Lunatic asylums in Bengal annual reports 1912-1924 - 1912-1924
Year: 1912
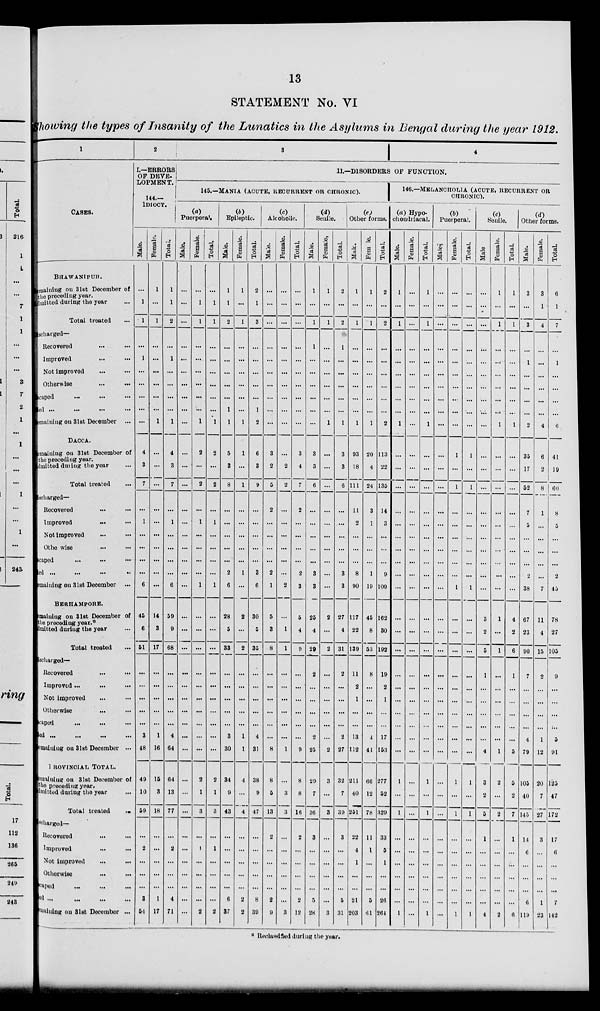
13
STATEMENT No. VI
Showing the types of Insanity of the Lunatics in the Asylums in Bengal during the year 1912.
1
CASES.
BHAWANIPUR.
Remaining on 31st December of
the preceding year.
Admitted during the year ...
Total treated ...
Discharged—
Recovered ... ...
Improved ... ...
Not improved ... ...
Otherwise ... ...
Escaped ... ... ... ...
Died ... ... ... ...
Remaining on 31st December ...
DACCA.
Remaining on 31st December of
the preceding year.
Admitted during the year ...
Total treated ...
Discharged—
Recovered ... ...
Improved ... ...
Not improved ... ...
Otherwise ... ...
Escaped
...
...
...
Di ed
...
...
...
...
Remaining on 31st December ...
BERHAMPORE.
Remaining on 31st December of
the preceding year.*
Admitted during the year ...
Total treated ...
Discharged—
Recovered ... ...
Improved ... ... ...
Not improved ... ...
Otherwise ... ...
Escaped ... ... ...
Died ... ... ... ...
Remaining on 31st December ...
PROVINCIAL TOTAL.
Remaining on 31st December of
the preceding year.
Admitted during the year ...
Total treated
...
Discharged—
Recovered ... ...
Improved ... ...
Not improved ... ...
Otherwise
...
...
Escaped ... ... ...
Di ed
...
...
...
...
Remaining on 31st December ...
2
I.—ERRORS
OF DEVE-
LOPMENT.
144.—
IDIOCY.
Male.
...
1
1
...
1
...
...
...
...
...
4
3
7
...
1
...
...
...
...
6
45
6
51
...
...
...
...
...
3
48
49
10
59
...
2
...
...
...
3
51
Female.
1
...
1
...
...
...
...
...
...
1
...
...
...
...
...
...
...
...
...
...
14
3
17
...
...
...
...
...
1
16
15
3
18
...
...
...
...
...
1
17
Total.
1
1
2
...
1
...
...
...
...
1
4
3
7
...
1
...
...
...
...
6
59
9
68
...
...
...
...
...
4
64
64
13
77
...
2
...
...
...
4
71
3
4
II.—DISORDERS OF FUNCTION.
145.—MANIA (ACUTE, RECURRENT OR CHRONIC).
(a)
Puerperal.
Mal e.
...
...
...
...
...
...
...
...
...
...
...
...
...
...
...
...
...
...
...
...
...
...
...
...
...
...
...
...
...
...
...
...
...
...
...
...
...
...
...
...
Female.
...
1
1
...
...
...
...
...
...
1
2
...
2
...
1
...
...
...
...
1
...
...
...
...
...
...
...
...
...
...
2
1
3
...
1
...
...
...
...
2
Total.
...
1
1
...
...
...
...
...
...
1
2
...
2
...
1
...
...
...
...
1
...
...
...
...
...
...
...
...
...
...
2
1
3
...
1
...
...
...
...
2
(b)
Epileptic.
Male.
1
1
2
...
...
...
...
...
1
1
5
3
8
...
...
...
...
...
2
6
28
5
33
...
...
...
...
...
3
30
34
9
43
...
...
...
...
...
6
37
Female.
1
...
1
...
...
...
...
...
...
1
1
...
1
...
...
...
...
...
1
...
2
...
2
...
...
...
...
...
1
1
4
...
4
...
...
...
...
...
2
2
Total.
2
1
3
...
...
...
...
...
1
2
6
3
9
...
...
...
...
...
3
6
30
5
35
...
...
...
...
...
4
31
38
9
47
...
...
...
...
...
8
39
(c)
Alcoholic.
Male.
...
...
...
...
...
...
...
...
...
...
3
2
5
2
...
...
...
...
2
1
5
3
8
...
...
...
...
...
...
8
8
5
13
2
...
...
...
...
2
9
Female.
...
...
...
...
...
...
...
...
...
...
...
2
2
...
...
...
...
...
...
2
...
1
1
...
...
...
...
...
...
1
...
3
3
...
...
...
...
...
...
3
Total.
...
...
...
...
...
...
...
...
...
...
3
4
7
2
...
...
...
...
2
3
5
4
9
...
...
...
...
...
...
9
8
8
16
2
...
...
...
...
2
12
(d)
Senile.
Male.
1
...
1
1
...
...
...
...
...
...
3
3
6
...
...
...
...
...
3
3
25
4
20
2
...
...
...
...
2
25
29
7
36
3
...
...
...
...
5
28
Female.
1
...
1
...
...
...
...
...
...
1
...
...
...
...
...
...
...
...
...
...
2
...
2
...
...
...
...
...
...
2
3
...
3
...
...
...
...
...
...
3
Total.
2
...
2
1
...
...
...
...
...
1
3
3
6
...
...
...
...
...
3
3
27
4
31
2
...
...
...
...
2
27
32
7
39
3
...
...
...
...
5
31
(e)
Other forms.
Male.
1
...
1
...
...
...
...
...
...
1
93
18
111
11
2
...
...
...
8
90
117
22
139
11
2
1
...
...
13
112
211
40
251
22
4
1
...
...
21
203
Female.
1
...
1
...
...
...
...
...
...
1
20
4
24
3
1
...
...
...
1
19
45
8
53
8
...
...
...
...
4
41
66
12
78
11
1
...
...
...
5
61
Total.
2
...
2
...
...
...
...
...
...
2
113
22
135
14
3
...
...
...
9
109
162
30
192
19
2
1
...
...
17
153
277
52
329
33
5
1
...
...
26
264
146.—MELANCHOLIA (ACUTE, RECURRENT OR
CHRONIC).
(a) Hypo-
chondriacal.
Male.
1
...
1
...
...
...
...
...
...
1
...
...
...
...
...
...
...
...
...
...
...
...
...
...
...
...
...
...
...
...
1
...
1
...
...
...
...
...
...
1
Female.
...
...
...
...
...
...
...
...
...
...
...
...
...
...
...
...
...
...
...
...
...
...
...
...
...
...
...
...
...
...
...
...
...
...
...
...
...
...
...
...
Total.
1
...
1
...
...
...
...
...
...
1
...
...
...
...
...
...
...
...
...
...
...
...
...
...
...
...
...
...
...
...
1
...
1
...
...
...
...
...
...
1
(b)
Puerperal.
Male.
...
...
...
...
...
...
...
...
...
...
...
...
...
...
...
...
...
...
...
...
...
...
...
...
...
...
...
...
...
...
...
...
...
...
...
...
...
...
...
...
Female.
...
...
...
...
...
...
...
...
...
...
1
...
1
...
...
...
...
...
...
1
...
...
...
...
...
...
...
...
...
...
1
...
1
...
...
...
...
...
...
1
Total.
...
...
...
...
...
...
...
...
...
...
1
...
1
...
...
...
...
...
...
1
...
...
...
...
...
...
...
...
...
...
1
...
1
...
...
...
...
...
...
1
(c)
Senile.
Male.
...
...
...
...
...
...
...
...
...
...
...
...
...
...
...
...
...
...
...
3
2
5
1
...
...
...
...
...
4
3
2
5
1
...
...
...
...
...
4
Female.
1
...
1
...
...
...
...
...
...
1
...
...
...
...
...
...
...
...
...
1
...
1
...
...
...
...
...
...
1
2
...
2
...
...
...
...
...
...
2
Total.
1
...
1
...
...
...
...
...
...
1
...
...
...
...
...
...
...
...
...
...
4
2
6
1
...
...
...
...
...
5
5
2
7
1
...
...
...
...
...
6
(d)
Other forms.
Male.
3
...
3
...
1
...
...
...
...
2
35
17
52
7
5
...
...
...
2
38
67
23
90
7
...
...
...
...
4
79
105
40
145
14
6
...
...
...
6
119
Female.
3
1
4
...
...
...
...
...
...
4
6
2
8
1
...
...
...
...
...
7
11
4
15
2
...
...
...
...
1
12
20
7
27
3
...
...
...
...
1
23
Total.
6
1
7
...
1
...
...
...
...
6
41
19
60
8
5
...
...
...
2
45
78
27
105
9
...
...
...
...
5
91
125
47
172
17
6
...
...
...
7
142
* Reclassified during the year.